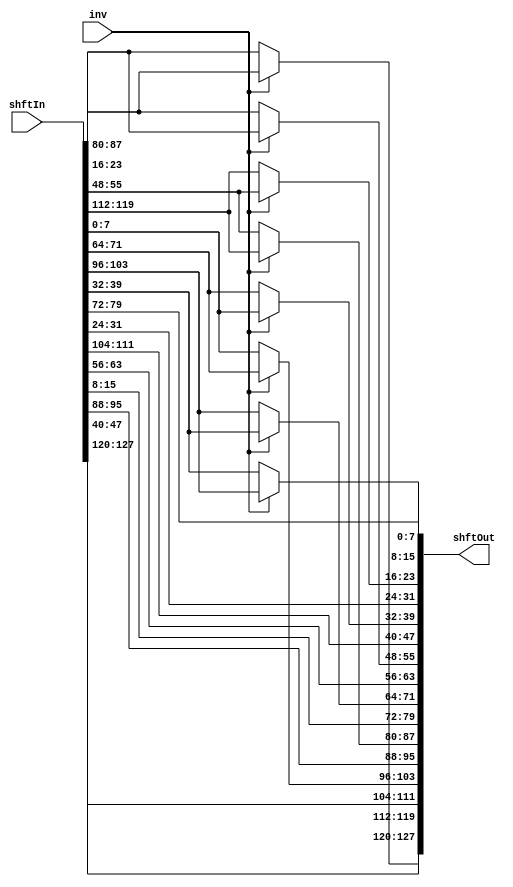
`timescale 1ns / 1ps
//////////////////////////////////////////////////////////////////////////////////
// Company: 
// Engineer: 
// 
// Design Name: 
// Module Name:    shiftRows 
// Project Name: 
// Target Devices: 
// Tool versions: 
// Description: 
//
// Dependencies: 
//
// Revision: 
// Revision 0.01 - File Created
// Additional Comments: 
//
//////////////////////////////////////////////////////////////////////////////////
module shiftRows(
	 output [127:0] shftOut, // Data Out
	 input [127:0] shftIn,	// Data In
	 input inv					// If 1, do decryption, else do encryption.
    );
	 
	 // assign shftOut[127:96] = shftIn[127:96];
	 // assign shftOut[95:64] = (inv)?({shftIn[71:64], shftIn[95:72]})	:	({shftIn[87:64], shftIn[95:88]});
	 // assign shftOut[63:32] = {shftIn[47:32], shftIn[63:48]};
	 // assign shftOut[31:0] = (inv)?({shftIn[23:0], shftIn[31:24]})		:	({shftIn[7:0], shftIn[31:8]});
	 
	 // First Row
	 assign shftOut[127:120] = shftIn[127:120];
	 assign shftOut[95:88] = shftIn[95:88];
	 assign shftOut[63:56] = shftIn[63:56];
	 assign shftOut[31:24] = shftIn[31:24];
	 
	 // Second Row
	 assign shftOut[119:112] = (inv)?(shftIn[23:16]):(shftIn[87:80]);
	 assign shftOut[87:80] = (inv)?(shftIn[119:112]):(shftIn[55:48]);
	 assign shftOut[55:48] = (inv)?(shftIn[87:80]):(shftIn[23:16]);
	 assign shftOut[23:16] = (inv)?(shftIn[55:48]):(shftIn[119:112]);
	 
	 // Third Row
	 assign shftOut[111:104] = shftIn[47:40];
	 assign shftOut[79:72] = shftIn[15:8];
	 assign shftOut[47:40] = shftIn[111:104];
	 assign shftOut[15:8] = shftIn[79:72];
	 
	 // Fourth Row
	 assign shftOut[103:96] = (inv)?(shftIn[71:64]):(shftIn[7:0]);
	 assign shftOut[71:64] = (inv)?(shftIn[39:32]):(shftIn[103:96]);
	 assign shftOut[39:32] = (inv)?(shftIn[7:0]):(shftIn[71:64]);
	 assign shftOut[7:0] = (inv)?(shftIn[103:96]):(shftIn[39:32]);
	 
endmodule